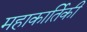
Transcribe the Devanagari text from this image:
महाकार्तिकी